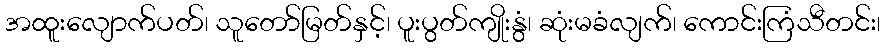
အထူးလျောက်ပတ်၊ သူတော်မြတ်နှင့်၊ ပူးပွတ်ကျိုးနွံ၊ ဆုံးမခံလျက်၊ ကောင်းကြံသီတင်း၊